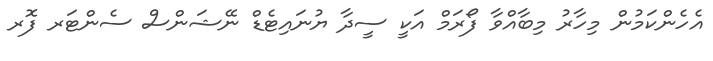
އެހެންކަމުން މިހާރު މިބާއްވާ ފޯރަމް އަކީ ސީދާ ޔުނައިޓެޑް ނޭޝަންސް ސެންޓަރ ފޮރ